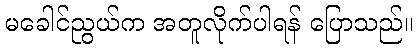
မခေါင်ညွယ်က အတူလိုက်ပါရန် ပြောသည်။